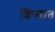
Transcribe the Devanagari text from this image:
शिष्यात